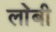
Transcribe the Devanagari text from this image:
ला॓बी